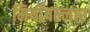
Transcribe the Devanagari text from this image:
मियाँपल्लार